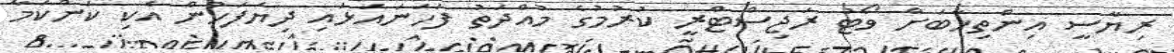
ރިޔާސީ އިންތިޚާބަށް ވޯޓު ރަޖިސްޓްރީ ކުރުމުގެ މުއްދަތު ފަހަނައަޅައި ދިޔަފަހުން އެކި ކަންކަމާ